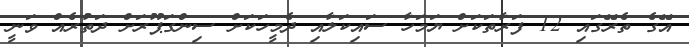
އޭގެ ތެރޭގައި 12 ފަރާތަކަށް ޔަމަހާ ސައިކަލާއި ދެމީހަކަށް ސިންގަޕޫރަށް ދަތުރެއް ވަނީ